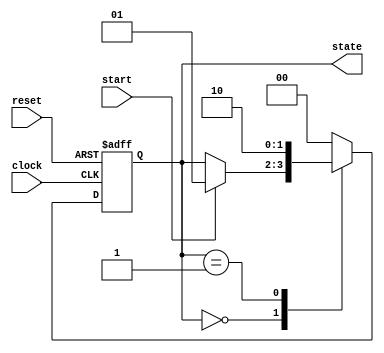
module sync_fsm (
    input wire clock,      // Clock input
    input wire reset,      // Asynchronous reset
    input wire start,      // Input signal to transition states
    output reg [1:0] state // 2-bit state output
);

// Define states
parameter STATE_IDLE = 2'b00;
parameter STATE_RUN  = 2'b01;
parameter STATE_DONE = 2'b10;

// Sequential logic block triggered on the rising edge of the clock
always @(posedge clock or posedge reset) begin
    if (reset) begin
        // Asynchronous reset: set state to IDLE
        state <= STATE_IDLE;
    end else begin
        // State transition logic
        case (state)
            STATE_IDLE: begin
                if (start) begin
                    state <= STATE_RUN; // Transition to RUN state
                end
            end
            STATE_RUN: begin
                // Logic for RUN state can go here
                // For example, transition to DONE after some condition
                state <= STATE_DONE; // Transition to DONE state
            end
            STATE_DONE: begin
                // Logic for DONE state can go here
                // Optionally go back to IDLE or stay in DONE
                state <= STATE_IDLE; // Transition back to IDLE
            end
            default: state <= STATE_IDLE; // Default case to avoid latches
        endcase
    end
end

endmodule